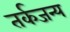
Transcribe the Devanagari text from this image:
तर्कजन्य